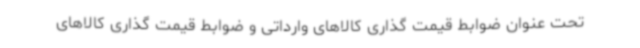
تحت عنوان ضوابط قیمت گذاری کالاهای وارداتی و ضوابط قیمت گذاری کالاهای